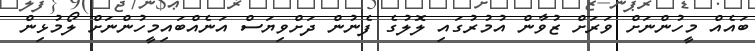
ބައެއް މީހުންނަށް ވަރަށް ޒުވާން އުމުރުގައި ލޮލުގެ ފެނުން ދަށްވިޔަސް އަނެއްބައިމީހުންނަށް ލޯމުޅިން